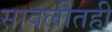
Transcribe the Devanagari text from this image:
सावलीतही